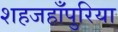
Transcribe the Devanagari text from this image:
शहजहाँपुरिया